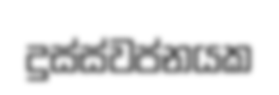
දුස්ස්වප්නයක